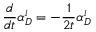
\frac { d } { d t } \alpha _ { D } ^ { i } = - \frac { 1 } { 2 t } \alpha _ { D } ^ { i }